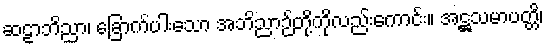
ဆဠာဘိညာ၊ ခြောက်ပါးသော အဘိညာဉ်တို့ကိုလည်းကောင်း။ အဋ္ဌသမာပတ္တိ၊